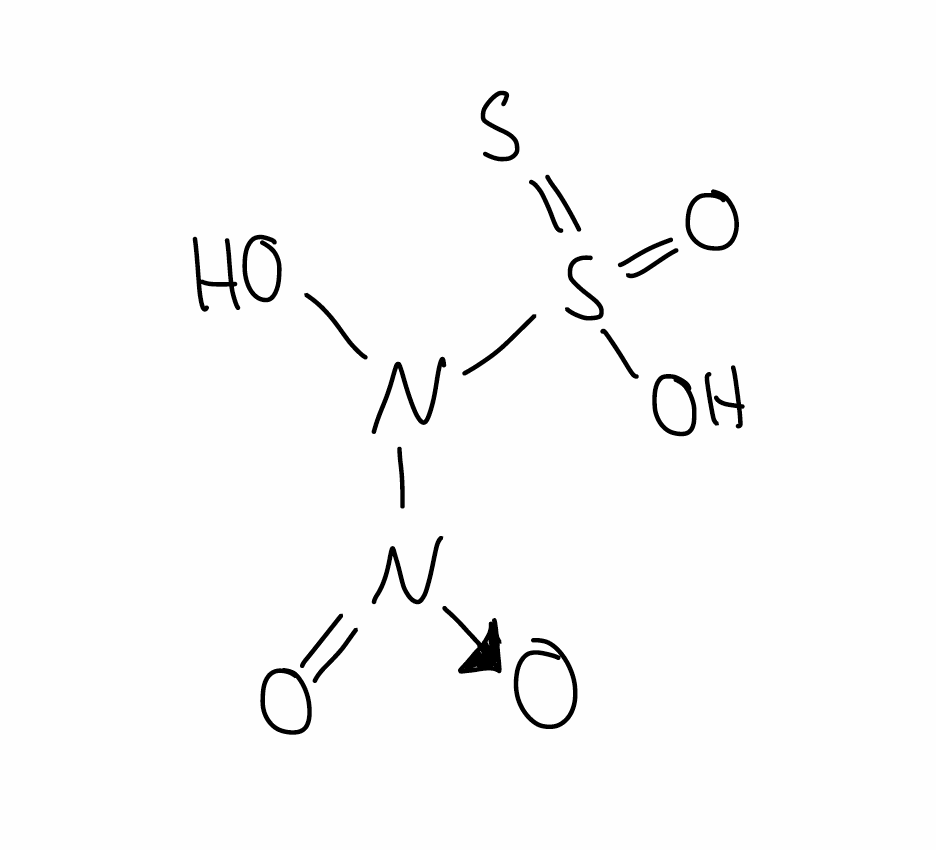
Simplified molecular-input line-entry system (SMILES) notation of the given molecule:
N([N+](=O)[O-])(O)S(=O)(=S)O